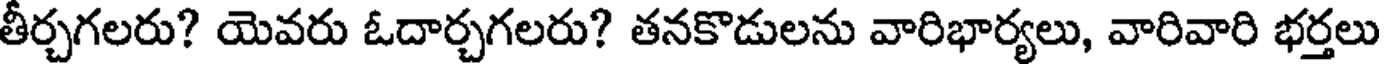
తీర్చగలరు? యెవరు ఓదార్చగలరు? తనకొడులను వారిభార్యలు, వారివారి భర్తలు